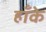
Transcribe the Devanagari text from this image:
हाँके